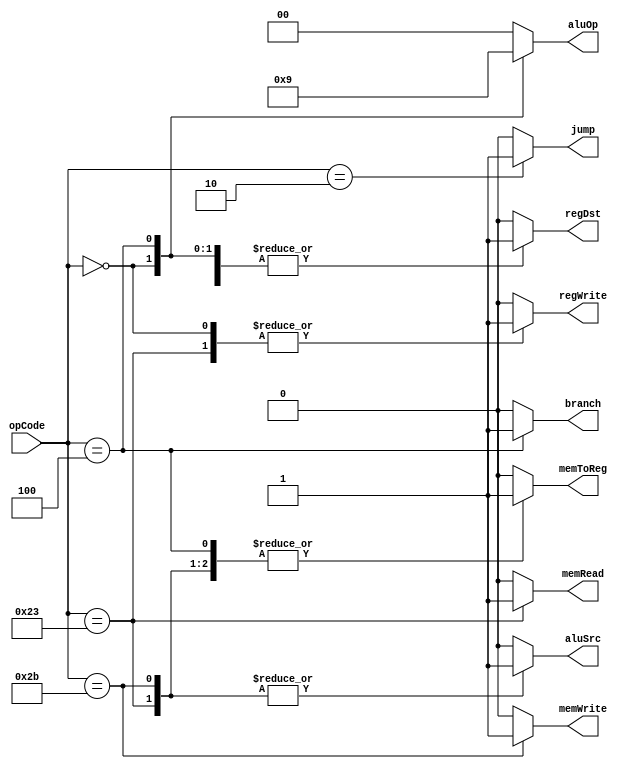
`timescale 1ns / 1ps
//////////////////////////////////////////////////////////////////////////////////
// Company: 
// Engineer: 
// 
// Design Name: 
// Module Name:    Ctr 
// Project Name: 
// Target Devices: 
// Tool versions: 
// Description: 
//
// Dependencies: 
//
// Revision: 
// Revision 0.01 - File Created
// Additional Comments: 
////////////////////////////////////////////////////////////////////////////////////
module Ctr(
    input [5:0]opCode,
	 output reg regDst,
	 output reg aluSrc,
	 output reg memToReg,
	 output reg regWrite,
	 output reg memRead,
	 output reg memWrite,
    output reg branch,
	 output reg [1:0]aluOp,
	 output reg jump
	 );

//module Ctr(opCode,regDst,aluSrc,memToReg,regWrite,memRead, memWrite,branch,aluOp,jump);
			  
	 
	 always @ (opCode)
	 begin
	 case(opCode)
	     6'b000010: //jump
		  begin
		      regDst = 0;
				aluSrc = 0;
				memToReg = 0;
				regWrite = 0;
				memRead = 0;
				memWrite = 0;
				branch = 0;
				aluOp = 2'b00;
				jump = 1;
			end
			6'b000000: //R
		   begin
		      regDst = 1;
				aluSrc = 0;
				memToReg = 0;
				regWrite = 1;
				memRead = 0;
				memWrite = 0;
				branch = 0;
				aluOp = 2'b10;
				jump = 0;
			end
			6'b100011: //lw
		   begin
		      regDst = 0;
				aluSrc = 1;
				memToReg = 1;
				regWrite = 1;
				memRead = 1;
				memWrite = 0;
				branch = 0;
				aluOp = 2'b00;
				jump = 0;
			end
			6'b101011: //sw
		   begin
		      regDst = 1'b1;
				aluSrc = 1;
				memToReg = 1'b1;
				regWrite = 0;
				memRead = 0;
				memWrite = 1;
				branch = 0;
				aluOp = 2'b00;
				jump = 0;
			end
			6'b000100: //beq
		   begin
		      regDst = 1'b1;
				aluSrc = 0;
				memToReg = 1'b1;
				regWrite = 0;
				memRead = 0;
				memWrite = 0;
				branch = 1;
				aluOp = 2'b01;
				jump = 0;
			end
			default:
			begin
			    regDst = 0;
			    aluSrc = 0;
			    memToReg = 0;
			    regWrite = 0;
			    memRead = 0;
			    memWrite = 0;
			    branch = 0;
			    aluOp = 2'b00;
			    jump = 0;
			 end
		endcase
		end
endmodule